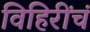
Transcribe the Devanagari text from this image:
विहिरींचं